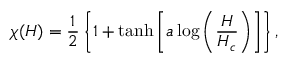
\chi ( H ) = \frac { 1 } { 2 } \left\{ 1 + \operatorname { t a n h } \left[ a \log \left( \frac { H } { H _ { c } } \right) \right] \right\} ,